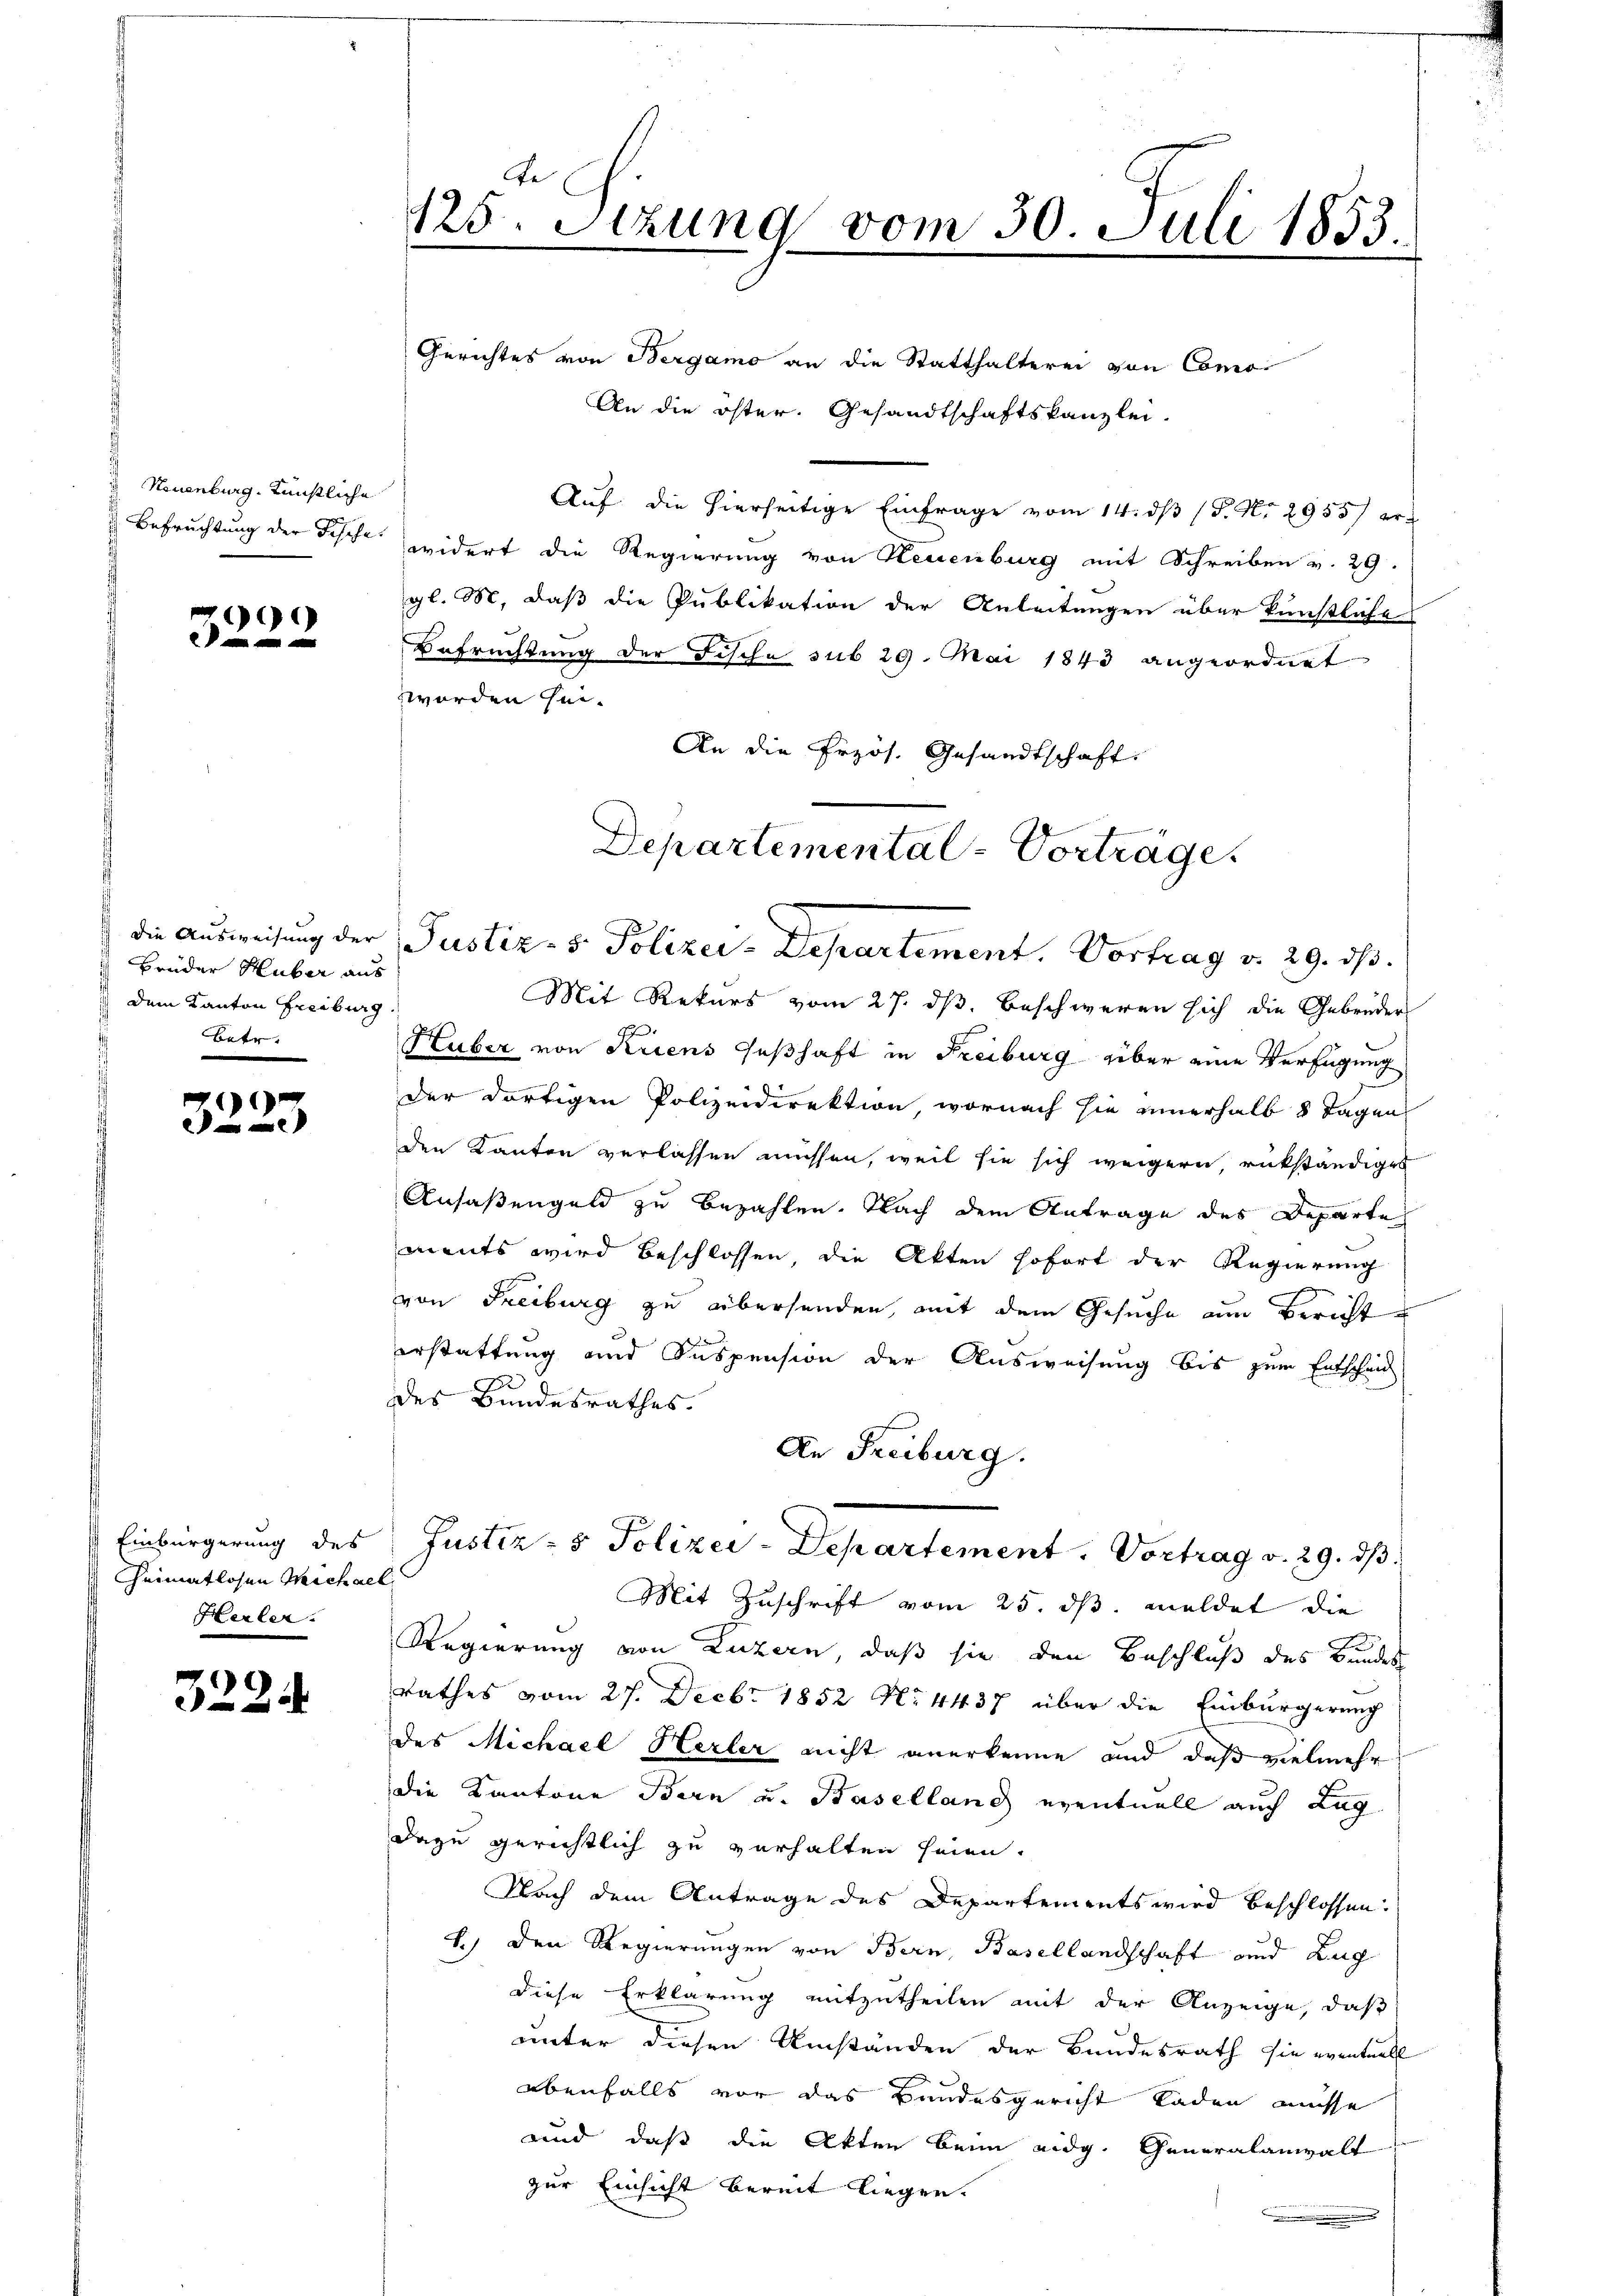
Neuenburg. Künstliche
Befruchtung der Fische

99

Brüder Huber aus
 dem Kanton Freiburg
Batr.

dinie

Einbürgerung des
Cheimatlosen Michael
Herler

)
2f 0 x

125. Stzung vom 30. Juli 1853.

Gerichtes von Bergamo an die Statthalterei von Como-
An die öster. Gesandtschaftskanzlei.
Auf die hierseitige Einfrage vom 14. dβ (S. N. 2955) er-
widert die Regierung von Neuenburg mit Schreiben v. 29.
gl. M. daß die Publikation der Anleitungen über künstliche
Befrechtung der Fische sub 29. Mai 1843 angeordnet
worden sei.
An die Erzös. Gesandtschaft.
Mit Rekurs vom 27. ds. beschweren sich die Gebrüder
1
Huber von Ruens seßhaft in Freiburg über eine Verfügung
der dortigen Polizeidirektion, wornach sie innerhalb 8 Tagen
den Kanton verlassen müssen, weil sie sich weigern, rükständiges
Ansaßengeld zu bezahlen. Nach dem Antrage des Departe
ments wird beschlossen, die Akten sofort der Regierung
von Freiburg zu übersenden, mit dem Gesuche am Bericht
erstattung und Suspension der Ausweisung bis zum Entscheid
des Bundesrathes.
An Freiburg.
Justiz- & Polizei-Departement. Vortrag v. 29. ds.
Mit Zuschrift vom 25. ds. meldet die
Regierung von Luzern, daß sie den Beschluß des Bundes
Rathes vom 27. Decbr 1852 No 4437 über die Einbürgerung
des Michael Herler nicht anerkenne und daß vielmehr
die Kantone Bern und Baselland eventuell auch Lag
dazu gerichtlich zu verhalten seien.
Nach dem Antrage des Departements wird beschlossen.
1.) Den Regierungen von Bern, Basellandschaft und Zug
diese Erklärung mitzutheilen mit der Anzeige, daß
unter diesen Umständen der Bundesrath sie eventuell
ebenfalls vor das Bundesgericht laden müsse
und daß die Akten beim eidg. Generalanwalt
zur Einsicht bereit liegen.

Departemental-Vorträge.
die Ausweisung der Justiz- & Polizei-Departement. Vortrag v. 29. dβ.